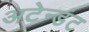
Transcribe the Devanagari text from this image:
अटेन्डंट